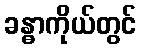
ခန္ဓာကိုယ်တွင်